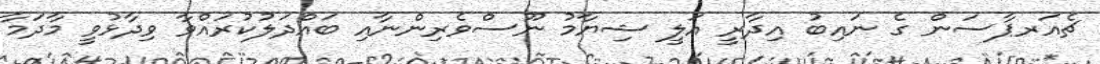
ޗެއަރޕާސަން ގެ ނައިބު އިދާރީ އަލީ ޝިޔާމު ނޫސްވެރިންނާއި ބައްދަލުކުރައްވާ ވިދާޅުވީ މާދަމާ